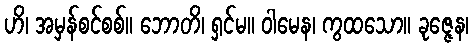
ဟိ၊ အမှန်စင်စစ်။ ဘောတိ၊ ရှင်မ။ ဝါမေန၊ ကွထသော။ ခုဇ္ဇေန၊